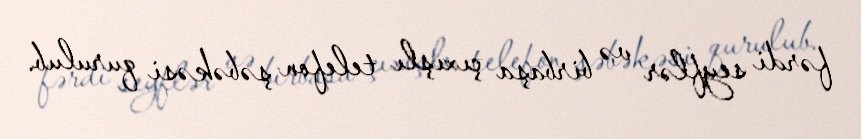
fərdi seyflər və birbaşa çıxışlı telefon şəbəkəsi qurulub.